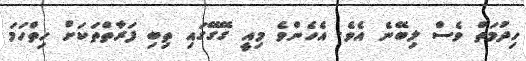
ހިދުމަތް ވެސް ލިބޭނެ އެވެ. އެހެންވެ މިއީ ގޭގޭގައި ތިބި ފަރާތްތަކަށް ހިތްހަމަ